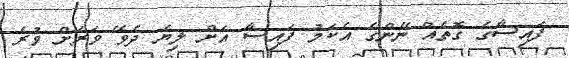
ފައިސާގެ ގޮތެއް ނޭންގެ އެކަމު ފައިސާ އަށް ލިޔެ ދެވޭ ވަރަށް ވުރެ